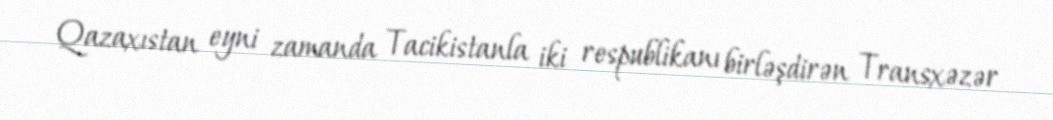
Qazaxıstan eyni zamanda Tacikistanla iki respublikanı birləşdirən Transxəzər